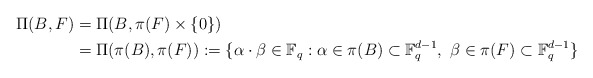
\begin{align*}\Pi(B, F)&=\Pi(B, \pi(F)\times \{0\})\\ &=\Pi(\pi(B), \pi(F)):=\{\alpha\cdot \beta\in \mathbb F_q: \alpha\in \pi(B)\subset \mathbb F_q^{d-1}, ~\beta\in \pi(F) \subset \mathbb F_q^{d-1} \}\end{align*}